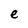
Character: e